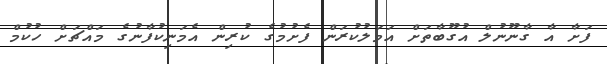
ފަށާ އާ ގާނޫނުލް އުގޫބާތަށް އަމަލުކުރަން ފެށުމުގެ ކުރިން އެމަނިކުފާނުގެ މައްޗަށް ހުކުމް